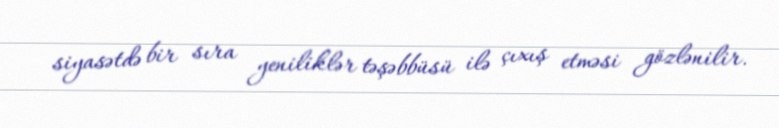
siyasətdə bir sıra yeniliklər təşəbbüsü ilə çıxış etməsi gözlənilir.